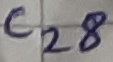
Text: C28